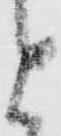
と